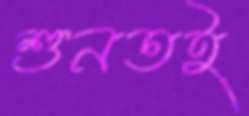
শুনতই